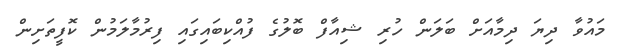
މައުވާ ދިޔަ ދިމާއަށް ބަލަން ހުރި ޝިއާފް ބޮލުގެ ފުއްކިބައިގައި ފިރުމާލަމުން ކޮފީތަށިން